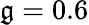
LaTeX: \mathfrak{g}=0.6